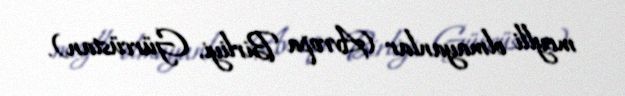
meylli olmayanlar (Avropa Birliyi, Gürcüstan).